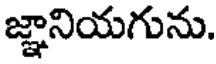
జ్ఞానియగును.